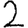
Digit: 2